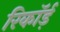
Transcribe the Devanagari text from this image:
रिकॉर्ड़